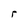
Character: r